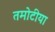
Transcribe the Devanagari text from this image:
तमोटीया